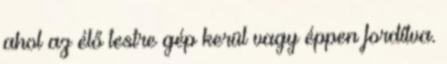
ahol az élő testre gép kerül vagy éppen fordítva.